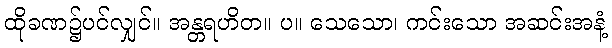
ထိုခဏ၌ပင်လျှင်။ အန္တရဟိတ။ ပ။ သေသော၊ ကင်းသော အဆင်းအနံ့